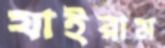
যাইরাম